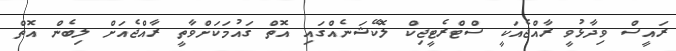
ރައީސް ވިދާޅުވީ ރާއްޖެއަކީ ސްޓްރެޓީޖިކް ލޮކޭޝަނެއްގައި އޮތް ގައުމަކަށްވާތީ ރާއްޖެއަށް ލިބެން އޮތް